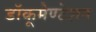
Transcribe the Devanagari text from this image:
डॉकूमेण्टेशन